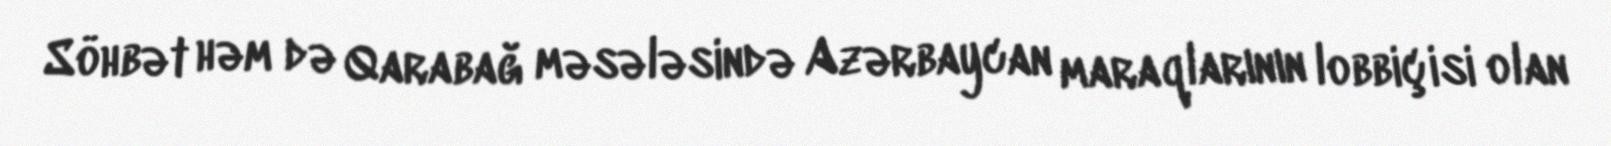
Söhbət həm də Qarabağ məsələsində Azərbaycan maraqlarının lobbiçisi olan